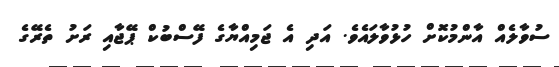
ސުވާލެއް އާންމުކޮށް ހުޅުވާލައެވެ. އަދި އެ ޖަމިއްޔާގެ ފޭސްބުކް ޕޭޖާއި ރަށު ތެރޭގެ